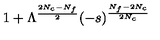
1 + \Lambda ^ { \frac { 2 N _ { c } - N _ { f } } { 2 } } ( - s ) ^ { \frac { N _ { f } - 2 N _ { c } } { 2 N _ { c } } }